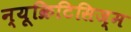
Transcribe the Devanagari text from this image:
न्यूक्रिटिसिज्म